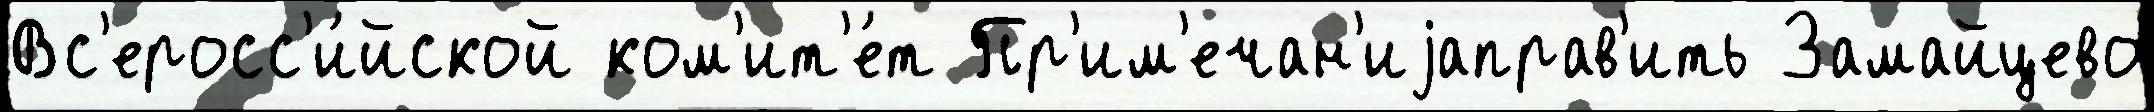
Вс'еросс'и́йской ком'ит'е́т Пр'им'ечан'иjаправ'ить Замайцево